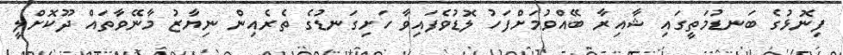
ފިނޮޅުގެ ބަނޑުމަތީގައި ޝާއިރާ ބޭއްވުމަށްފަހު ލޮޑުވެފައިވާ ހަށިގަނޑުގެ ތެރެއިން ނިޔާޒު މާނޭވާތައް ދޫކޮށްލީ